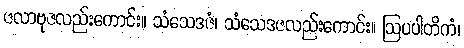
ဇလာဗုဇလည်းကောင်း။ သံသေဒဇံ၊ သံသေဒဇလည်းကောင်း။ ဩပပါတိကံ၊